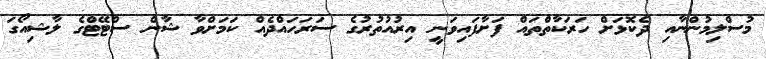
މުސްލިމުންނާއި ދެކޮޅަށް ހަރަކާތްތައް ފަށާފައިވަނީ އިރުއުތުރުގެ ސަރަހައްދެއް ކަމަށްވާ ޝާން ސްޓޭޓްގެ ލާޝިއޯގަ